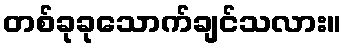
တစ်ခုခုသောက်ချင်သလား။